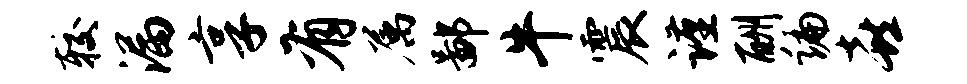
较漏享有属鄙牛震谨酬编喜